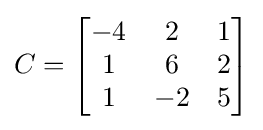
C={\begin{bmatrix}-4&2&1\\1&6&2\\1&-2&5\end{bmatrix}}